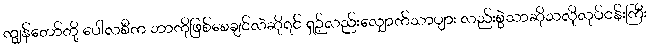
ကျွန်တော်တို့ ပေါ်လစီက ဘာကိုဖြစ်စေချင်လဲဆိုရင် ရှဉ့်လည်းလျှောက်သာပျား လည်းစွဲသာဆိုသလိုလုပ်ငန်းကြီး